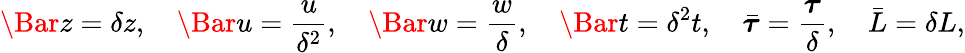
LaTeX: \Bar{z}=\delta z,\quad\Bar{u}=\frac{u}{\delta^{2}},\quad\Bar{w}=\frac{w}{\delta},\quad\Bar{t}=\delta^{2}{t},\quad\bar{\boldsymbol{\tau}}=\frac{\boldsymbol{\tau}}{\delta},\quad\bar{L}=\delta L,